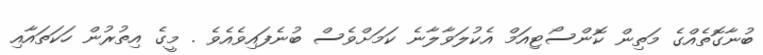
ބުނާގޮތެއްގެ މަތިން ކޮންސޯޓިއަމް އެކުލަވާލާނެ ކަމަށްވެސް ބުނެފައިވެއެވެ . މީގެ އިތުރުން ހަކަތައާއި